Annual report on the mental hospital in the Central Provinces and Berar (Nagpur) - 1927-1951
Year: 1927
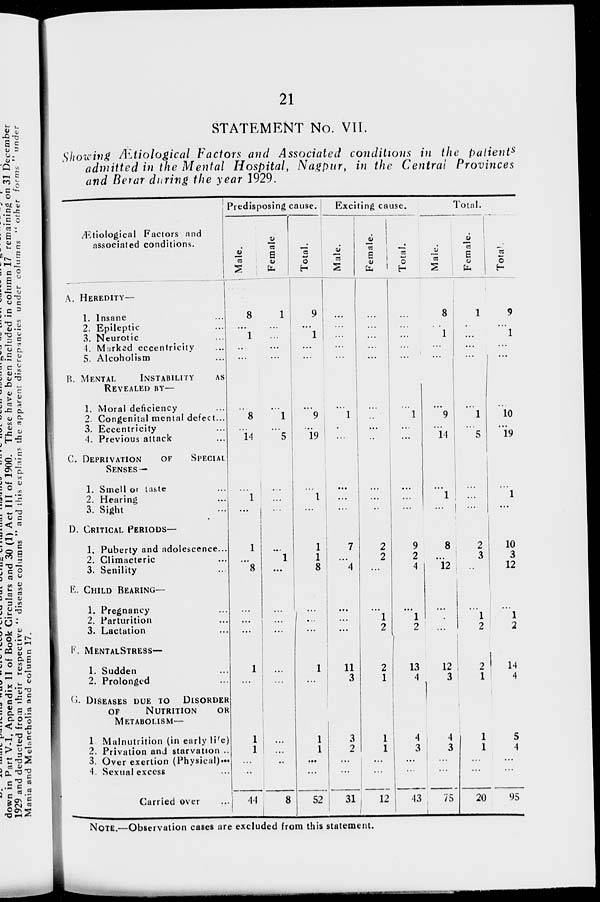
21
STATEMENT No. VII.
Showing Ætiological Factors and Associated conditions in the patients
admitted in the Mental Hospital, Nagpur, in the Central Provinces
and Berar during the year 1929.
Ætiological Factors and
associated conditions.
A. HEREDITY—
1. Insane ...
2. Epileptic ...
3. Neurotic ...
4. Marked eccentricity ...
5. Alcoholism ...
B. MENTAL
INSTABILITY
AS
REVEALED BY—
1. Moral deficiency ...
2. Congenital mental defect...
3. Eccentricity ...
4. Previous attack ...
C. DEPRIVATION
OF
SPECIAL
SENSES—
1. Smell or taste ...
2. Hearing ...
3. Sight ...
D. CRITICAL PERIODS—
1. Puberty and adolescence...
2. Climacteric ...
3. Senility ...
E. CHILD BEARING—
1. Pregnancy ...
2. Parturition ...
3. Lactation ...
F. MENTAL STRESS—
1. Sudden ...
2. Prolonged ...
G. DISEASES DUE TO
DISORDER
OF
NUTRITION
OR
METABOLISM—
1 Malnutrition (in early life)
2. Privation and starvation ..
3. Over exertion (Physical) ...
4. Sexual excess ...
Carried over ...
Predisposing cause.
Male.
8
...
1
...
...
...
8
...
14
...
1
...
1
...
8
...
...
...
1
...
1
1
...
...
44
Female.
1
...
...
...
...
...
1
...
5
...
...
...
...
1
...
...
...
...
...
...
...
...
...
...
8
Total.
9
...
1
...
...
...
9
...
19
...
1
...
1
1
8
...
...
...
1
...
1
1
...
...
52
Exciting cause.
Male.
...
...
...
...
...
...
1
...
...
...
...
...
7
...
4
...
...
...
11
3
3
2
...
...
31
Female.
...
...
...
...
...
...
...
...
...
...
...
...
2
2
...
...
1
2
2
1
1
1
...
...
12
Total.
...
...
...
...
...
...
1
...
...
...
...
...
9
2
4
...
1
2
13
4
4
3
...
...
43
Total.
Male.
8
...
1
...
...
...
9
...
14
...
1
...
8
...
12
...
...
...
12
3
4
3
...
...
75
Female.
1
...
...
...
...
...
1
...
5
...
...
...
2
3
...
...
1
2
2
1
1
1
...
...
20
Total.
9
...
1
...
...
...
10
...
19
...
1
...
10
3
12
...
1
2
14
4
5
4
...
...
95
NOTE.—Observation cases are excluded from this statement.